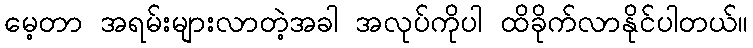
မေ့တာ အရမ်းများလာတဲ့အခါ အလုပ်ကိုပါ ထိခိုက်လာနိုင်ပါတယ်။